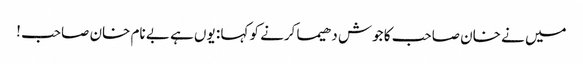
میں نے خان صاحب کا جوش دھیما کرنے کو کہا : یوں ہے بے نام خان صاحب !